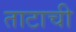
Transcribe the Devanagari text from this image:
ताटाची